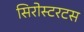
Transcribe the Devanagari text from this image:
सिरोस्टरटस